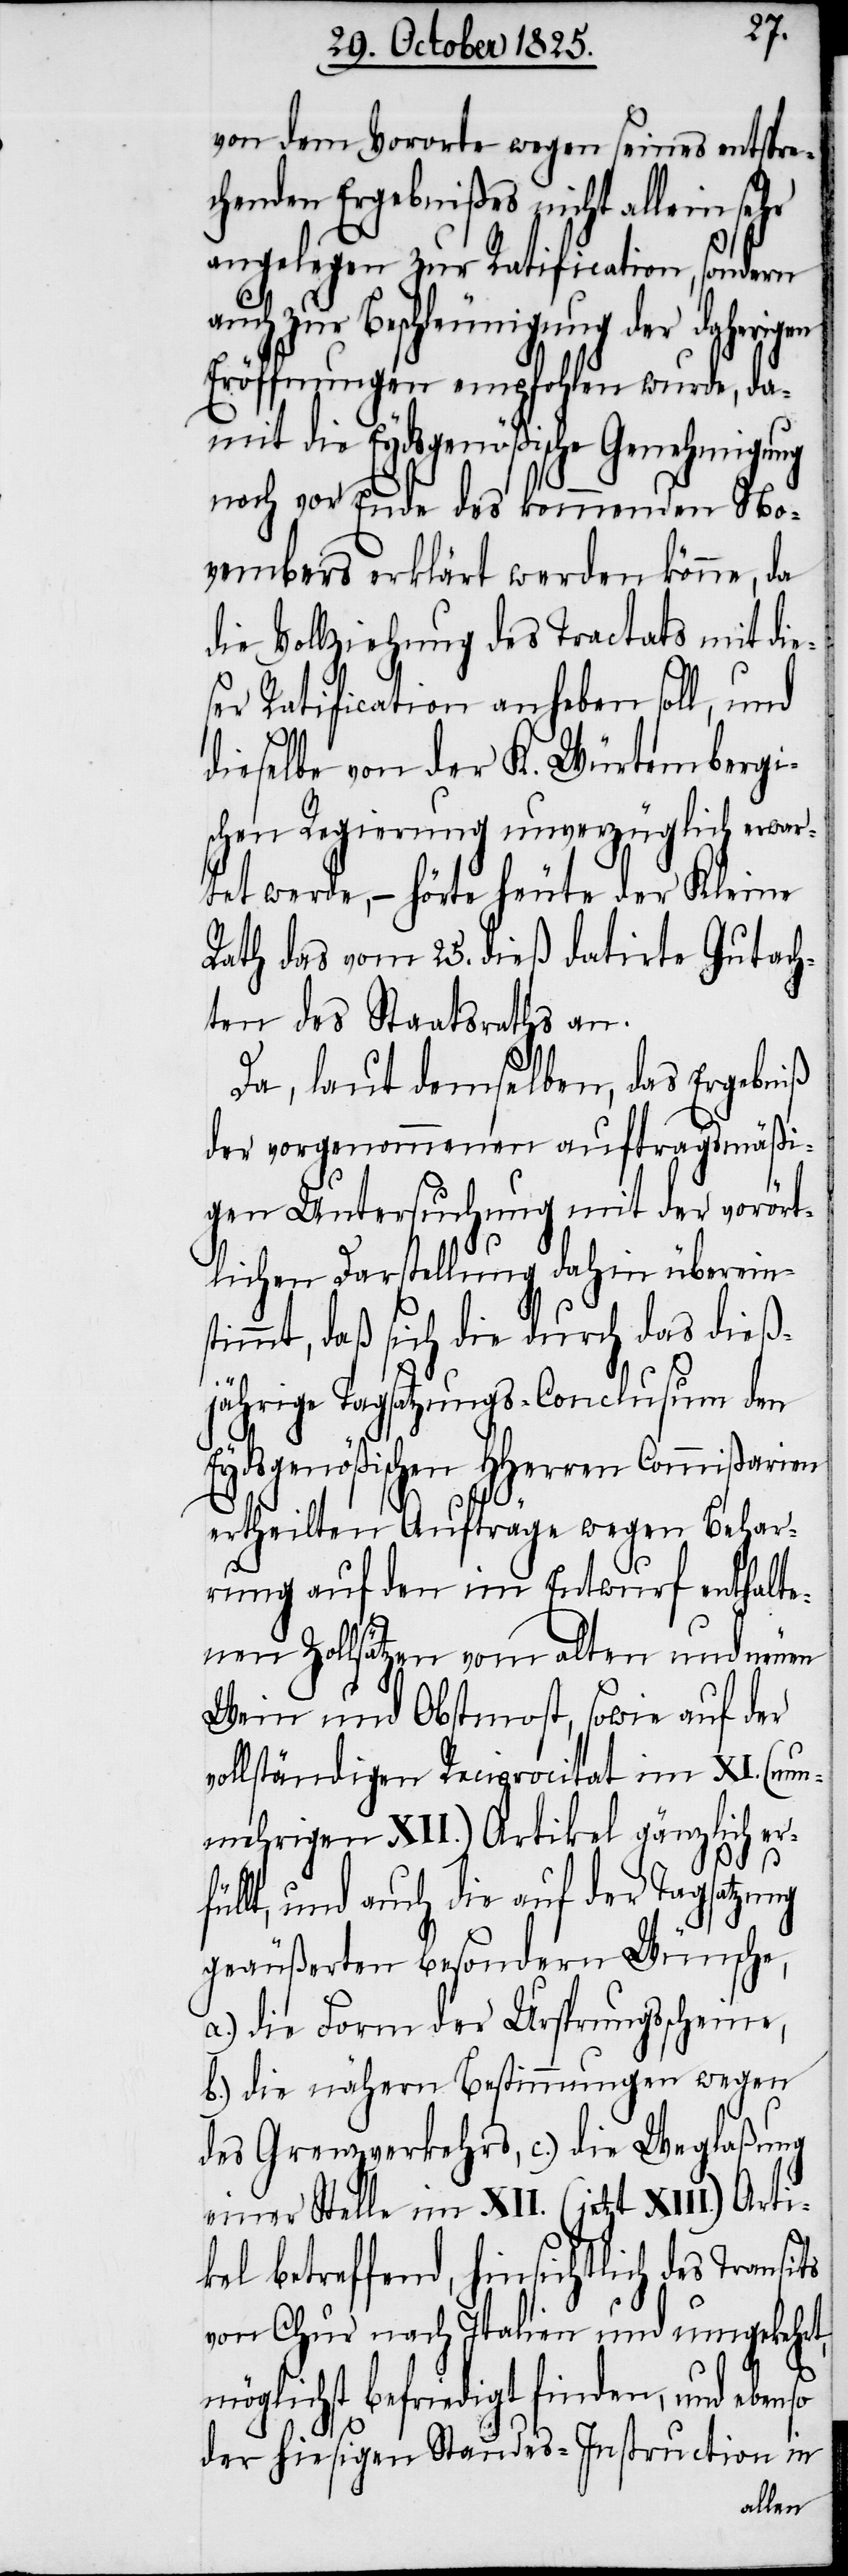
von dem Vororte wegen seines entspre¬
chenden Ergebnißes nicht allein sehr
angelegen zur Ratification, sondern
auch zur Beschleunigung der daherig¬
Eröffnungen empfohlen wurde, da¬
mit die Eydsgenößische Genehmigung
noch vor Ende des kommenden No¬
vembers erklärt werden könne, da
die Vollziehung des Tractats mit die¬
ser Ratification anheben soll, und
dieselbe von der K. Würtembergi¬
schen Regierung unverzüglich erwar¬
tet werde, – hörte heute der Kleine
Rath das vom 25. dieß datirte Gutach¬
ten des Staatsraths an.
Da, laut demselben, das Ergebniß
der vorgenommenen auftragsmäßi¬
gen Untersuchung mit der vorört¬
überein¬
lichen Darstellung dahin
stimmt, daß sich die durch
m den
jährige Tagsatzungs-Conc¬
Eydsgenößischen HHerren Commißarien
ertheilten Aufträge wegen Behar¬
rung auf den im Entwurf
enthalte¬
nen Zollsätzen vom alten und neuen
Wein und Obstmost, sowie auf der
vollständigen Reciprocitat im XI. (nun¬
mehrigen XII.) Artikel gänzlich er¬
füllt, und auch die auf der Tagsatzung
geäußerten besondern Wünsche,
a.) die Form der Ursprungsscheine,
b.) die nähern Bestimmungen wegen
des Grenzverkehrs, c.) die Weglaßung
einer Stelle im XII. (jetzt XIII.) Arti¬
kel betreffend, hinsichtlich des Transits
von Chur nach Italien und umgekehrt,
möglichst befriedigt finden, und ebenso
der hiesigen Standes-Instruction in